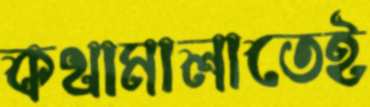
কথামালাতেই